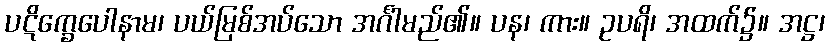
ပဋိက္ခေပေါနာမ၊ ပယ်မြစ်အပ်သော အင်္ဂါမည်၏။ ပန၊ ကား။ ဥပရိ၊ အထက်၌။ အဋ္ဌ၊